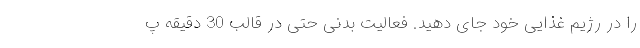
را در رژیم غذایی خود جای دهید. فعالیت بدنی حتی در قالب 30 دقیقه پ